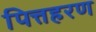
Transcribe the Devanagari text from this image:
पित्तहरण